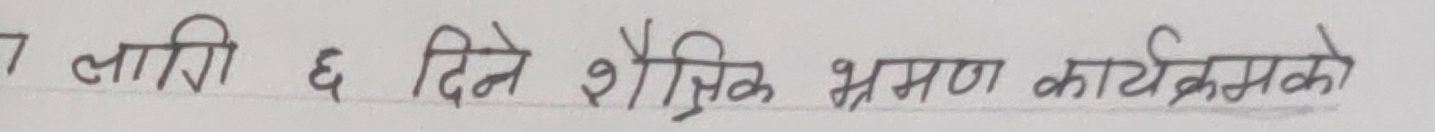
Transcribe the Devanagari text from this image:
7 लारी ६ दिने शैक्षिक भ्रमण कार्यक्रमको